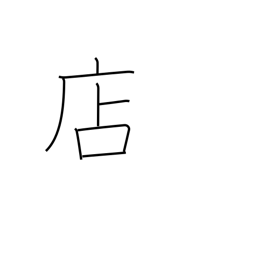
Meaning: shop